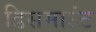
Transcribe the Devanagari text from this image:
डिसमाउंट